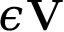
\epsilon { \mathbf V }